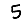
Digit: 5